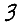
Digit: 3